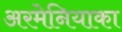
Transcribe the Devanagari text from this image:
अरमेनियाका